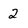
Character: 2